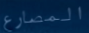
المصارع